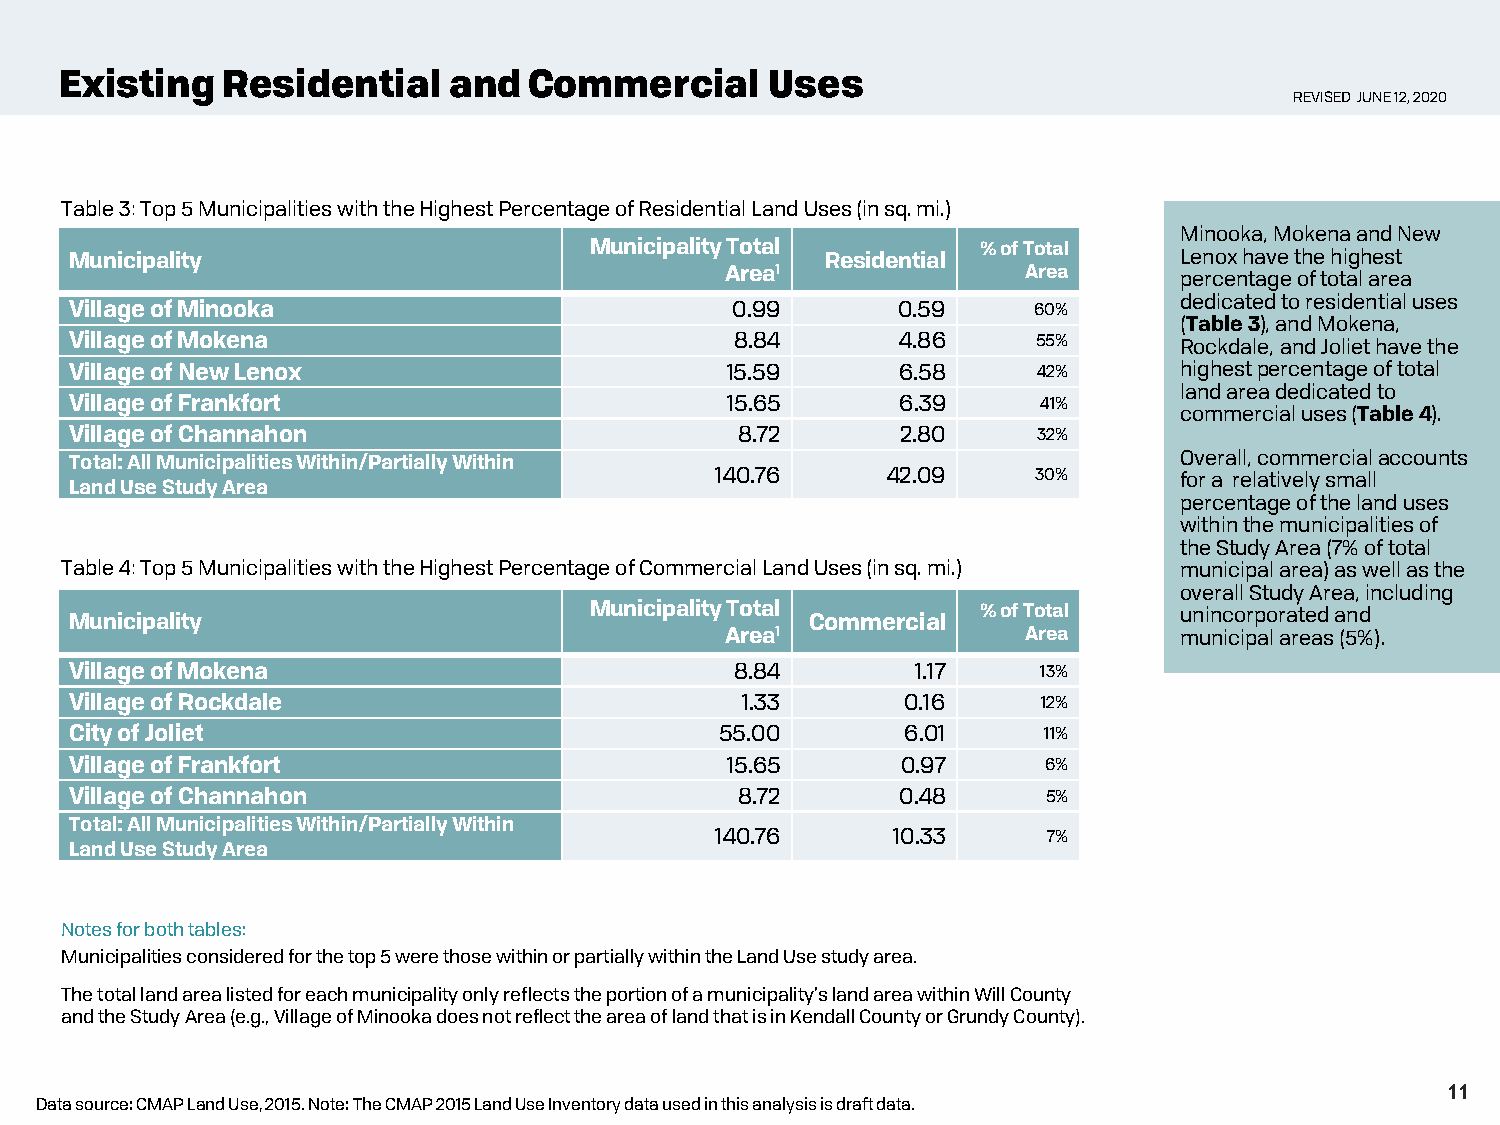
Existing   Residential    and  Commercial      Uses
 REVISED JUNE 12, 2020
 Table 3: Top 5 Municipalities with the Highest Percentage of Residential Land Uses (in sq. mi.)
 Minooka, Mokena and New
 Municipality                      Municipality Total Residential % of Total Lenox have the highest
 Area1               Area      percentage of total area
 dedicated to residential uses
 Village of Minooka                         0.99       0.59     60%
 (Table 3), and Mokena,
 Village of Mokena                           8.84       4.86     55%      Rockdale, and Joliet have the
 Village of New Lenox                       15.59       6.58     42%      highest percentage of total
 land area dedicated to
 Village of Frankfort                       15.65       6.39     41%
 commercial uses (Table 4).
 Village of Channahon                        8.72       2.80     32%
 Total: All Municipalities Within/Partially Within                        Overall, commercial accounts
 140.76      42.09     30%      for a relatively small
 Land Use Study Area
 percentage of the land uses
 within the municipalities of
 the Study Area (7% of total
 Table 4: Top 5 Municipalities with the Highest Percentage of Commercial Land Uses (in sq. mi.) municipal area) as well as the
 overall Study Area, including
 Municipality Total        % of Total   unincorporated and
 Municipality                                     Commercial
 Area1               Area      municipal areas (5%).
 Village of Mokena                           8.84        1.17    13%
 Village of Rockdale                         1.33       0.16     12%
 City of Joliet                             55.00       6.01     11%
 Village of Frankfort                       15.65       0.97     6%
 Village of Channahon                        8.72       0.48     5%
 Total: All Municipalities Within/Partially Within
 140.76      10.33     7%
 Land Use Study Area
 Notes for both tables:
 Municipalities considered for the top 5 were those within or partially within the Land Use study area.
 The total land area listed for each municipality only reflects the portion of a municipality’s land area within Will County
 and the Study Area (e.g., Village of Minooka does not reflect the area of land that is in Kendall County or Grundy County).
 11
 Data source: CMAP Land Use, 2015. Note: The CMAP 2015 Land Use Inventory data used in this analysis is draft data.